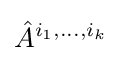
{\hat {A}}^{i_{1},\dots ,i_{k}}